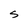
Character: S